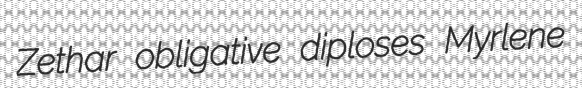
Zethar obligative diploses Myrlene